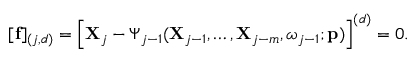
\begin{array} { r } { [ \mathbf { f } ] _ { ( j , d ) } = \left[ \mathbf { X } _ { j } - \boldsymbol { \Psi } _ { j - 1 } ( \mathbf { X } _ { j - 1 } , \ldots , \mathbf { X } _ { j - m } , \boldsymbol { \omega } _ { j - 1 } ; \mathbf { p } ) \right] ^ { ( d ) } = 0 . } \end{array}